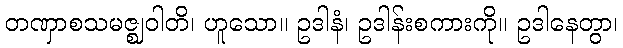
တဏှာစသမဇ္ဈဝါတိ၊ ဟူသော။ ဥဒါနံ၊ ဥဒါန်းစကားကို။ ဥဒါနေတွာ၊